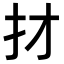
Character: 𢩱